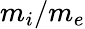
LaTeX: m_{i}/m_{e}